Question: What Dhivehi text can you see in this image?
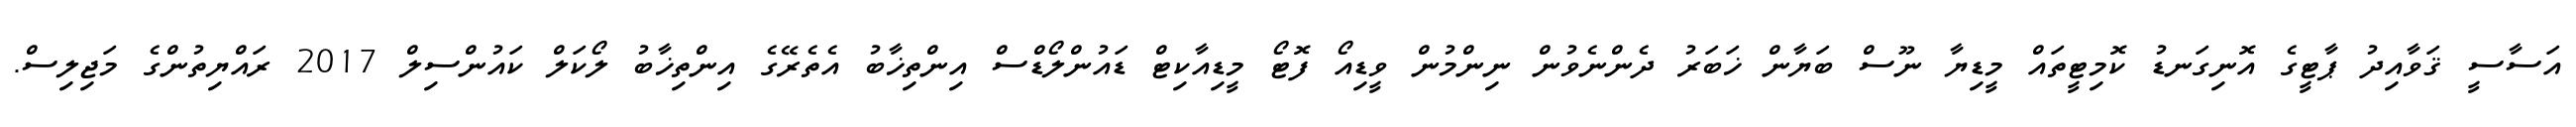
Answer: އަސާސީ ޤަވާއިދު ޕާޓީގެ އޮނިގަނޑު ކޮމިޓީތައް މީޑިޔާ ނޫސް ބަޔާން ޚަބަރު ދެންނެވުން ނިންމުން ވީޑިއޯ ފޮޓޯ މީޑިއާކިޓް ޑައުންލޯޑްސް އިންތިޚާބު އެތެރޭގެ އިންތިޚާބު ލޯކަލް ކައުންސިލް 2017 ރައްޔިތުންގެ މަޖިލިސް.